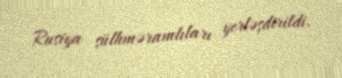
Rusiya sülhməramlıları yerləşdirildi.